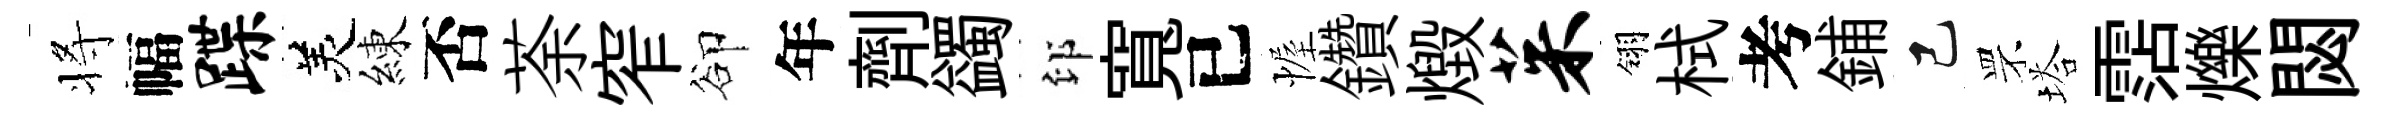
将幅蹀羙練否荼窄卻年劑蠲印寬已幄鑽燬茱翎栻考鋪己罘塔霑爍閟